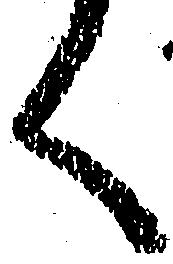
く